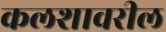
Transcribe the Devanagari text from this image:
कलशावरील